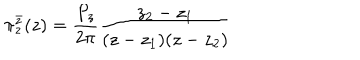
\pi _ { z } ^ { \bar { z } } ( z ) = \frac { P _ { z } } { 2 \pi } \frac { z _ { 2 } - z _ { 1 } } { ( z - z _ { 1 } ) ( z - z _ { 2 } ) }